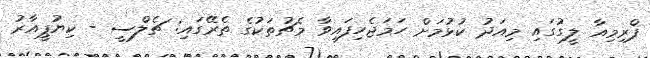
ޕްރިމިއާ ލީގުގައި މިއަދު ކުޅުމަށް ހަމަޖެހިފައިވާ މެޗުތަކުގެ ތެރޭގައި: ޗެލްސީ - ކިޔުޕީއާރު